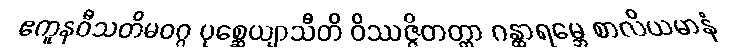
ဧကူနဝီသတိမဝဂ္ဂ ပုစ္ဆေယျာသီတိ ဝိဿဇ္ဇိတတ္တာ ဂန္ထာရမ္ဘေ စာလိယမာနံ